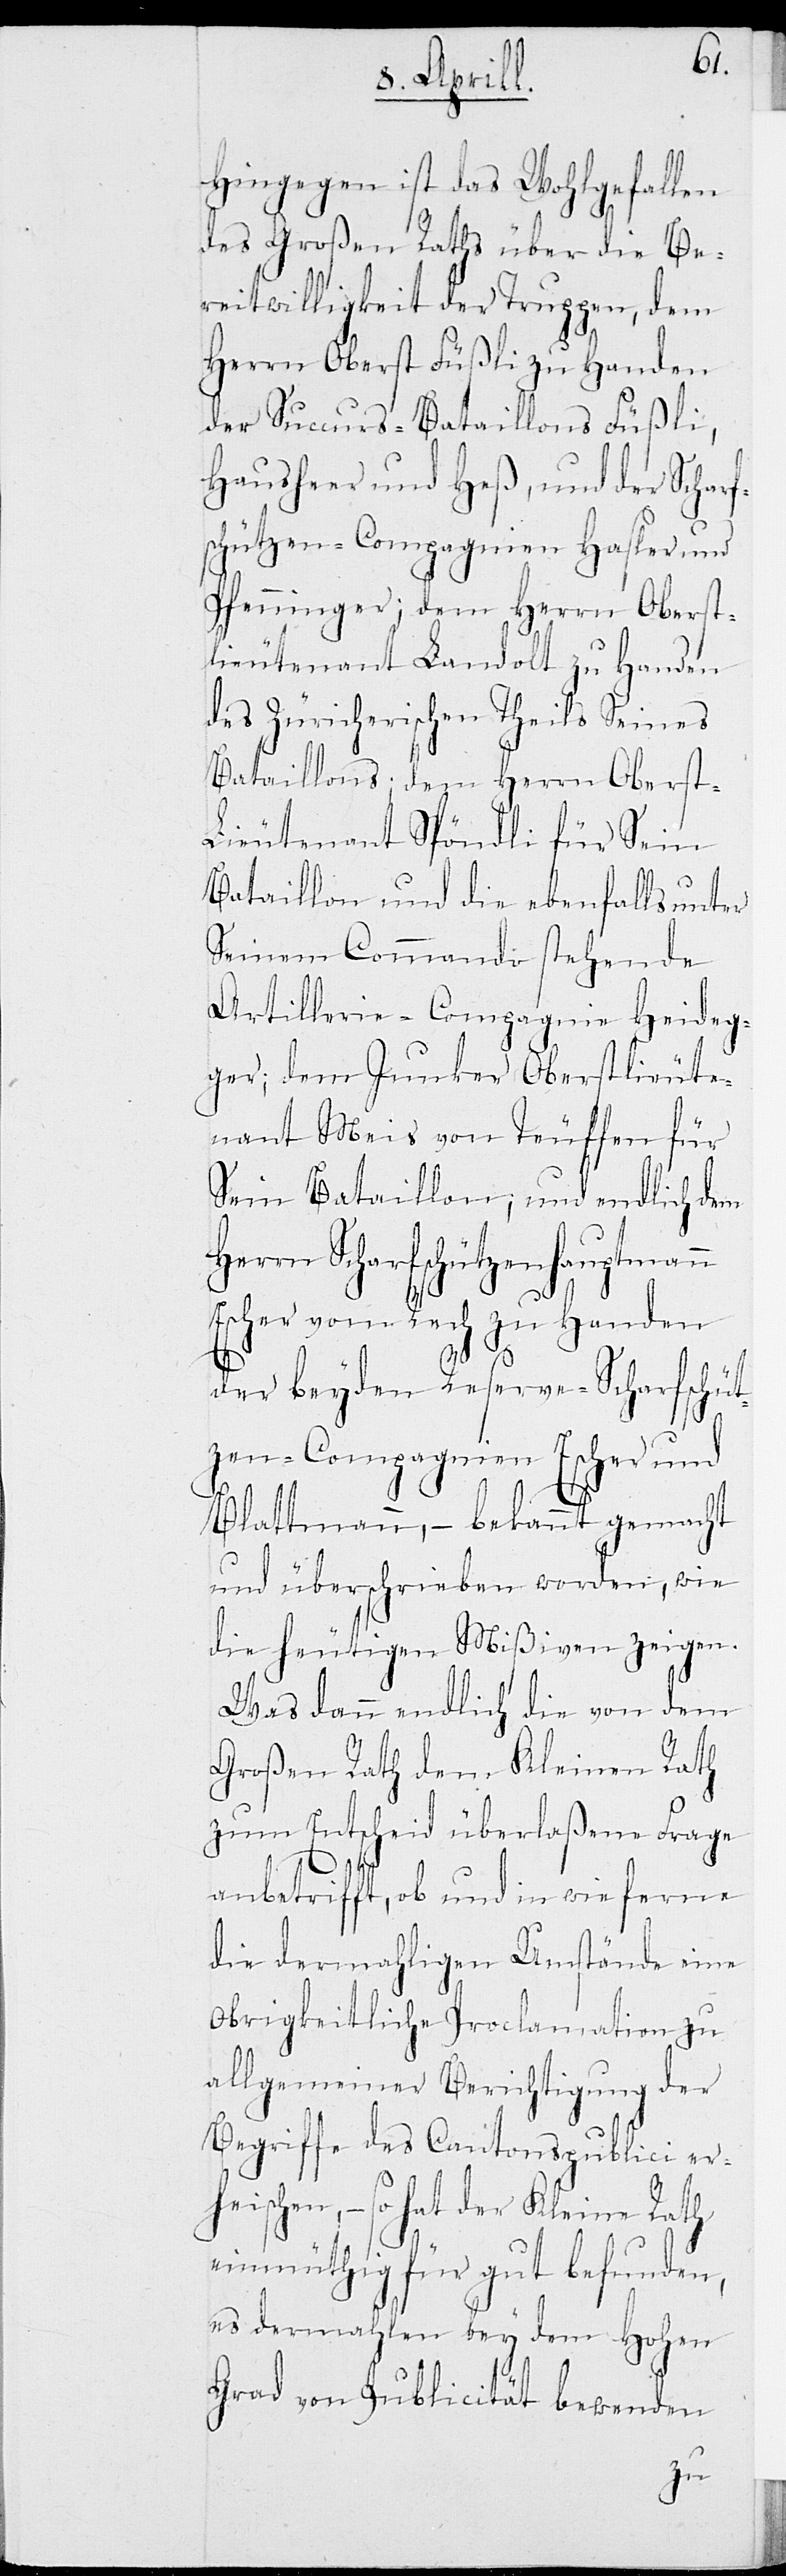
Her¬
Hingegen ist das Wohlgefallen
des Großen Raths über die Be¬
reitwilligkeit der Truppen, dem
Herrn Oberst Füßli zu Handen
der Succurs-Bataillons Füßli,
Hausheer und Heß, und der Scharf¬
schützen-Compagnien Hasler und
Pfenninger; dem Herrn Oberst¬
lieutenant Landolt zu Handen
des Züricherischen Theils Seines
Bataillons; dem Herrn Oberst-L¬
ieutenant Spöndli für sein
Bataillon und die ebenfalls unter
seinem Commando stehende
Artillerie-Compagnie Heideg¬
ger; dem Junker Oberstlieute¬
nant Mais von Teuffen für
Sein Bataillon; und endlich dem
rn Scharfschützenhauptmann
Escher vom Rech zu Handen
der beyden Reserve-Scharfschüt¬
zen-Compagnien Escher und
Blattmann, – bekannt gemacht
und überschrieben worden, wie
die heutigen Mißiven zeigen.
Was dann endlich die von dem
Großen Rath dem Kleinen Rath
zum Entscheid überlaßene Frage
anbetrifft, ob und in wie ferne
die dermahligen Umstände eine
Obrigkeitliche Proclamation zu
allgemeiner Berichtigung der
Begriffe des Cantonspublici erh¬
eischen, – so hat der Kleine Rath
einmüthig für gut befunden,
es dermahlen bey dem Hohen
Grad vom Publicität bewenden